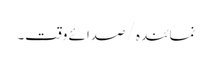
نمائندہ/ صدائے وقت۔